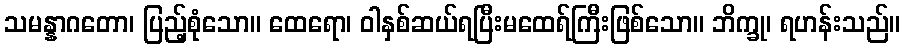
သမန္နာဂတော၊ ပြည့်စုံသော။ ထေရော၊ ဝါနှစ်ဆယ်ရပြီးမထေရ်ကြီးဖြစ်သော။ ဘိက္ခု၊ ရဟန်းသည်။